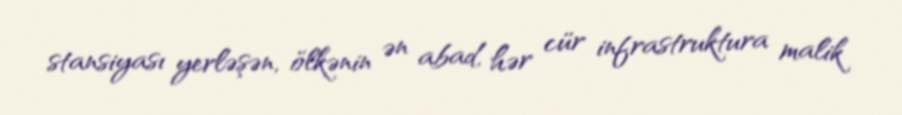
stansiyası yerləşən, ölkənin ən abad, hər cür infrastruktura malik